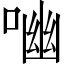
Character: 㗀